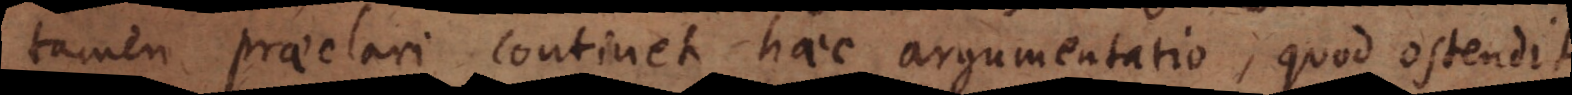
tamen praeclari continet haec argumentatio, quod ostendit